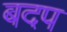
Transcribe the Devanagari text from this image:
बदप